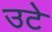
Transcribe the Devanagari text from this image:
उटे